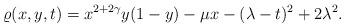
LaTeX: \begin{align*}\varrho(x,y,t)=x^{2+2\gamma}y(1-y)-\mu x-(\lambda-t)^2+2\lambda^2.\end{align*}